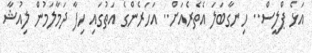
އަޅެ ޕްލީސް.. ހިނގާބަލަ އެތެރެއަށް.. އަހަރެންގެ އަތުގައި ހިފާ ދަމާލަމުން ލިއުޝާ